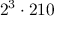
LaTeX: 2 ^ { 3 } \cdot 2 1 0